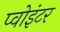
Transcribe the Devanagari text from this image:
प्वोइंटर